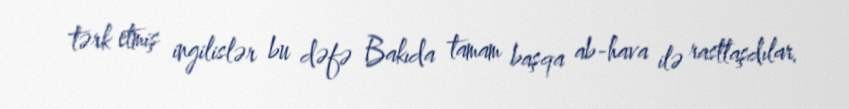
tərk etmiş ingilislər bu dəfə Bakıda tamam başqa ab-hava ilə rastlaşdılar.